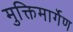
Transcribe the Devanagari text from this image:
मुक्तिमार्गेण